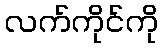
လက်ကိုင်ကို